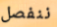
ننفصل